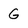
Character: G